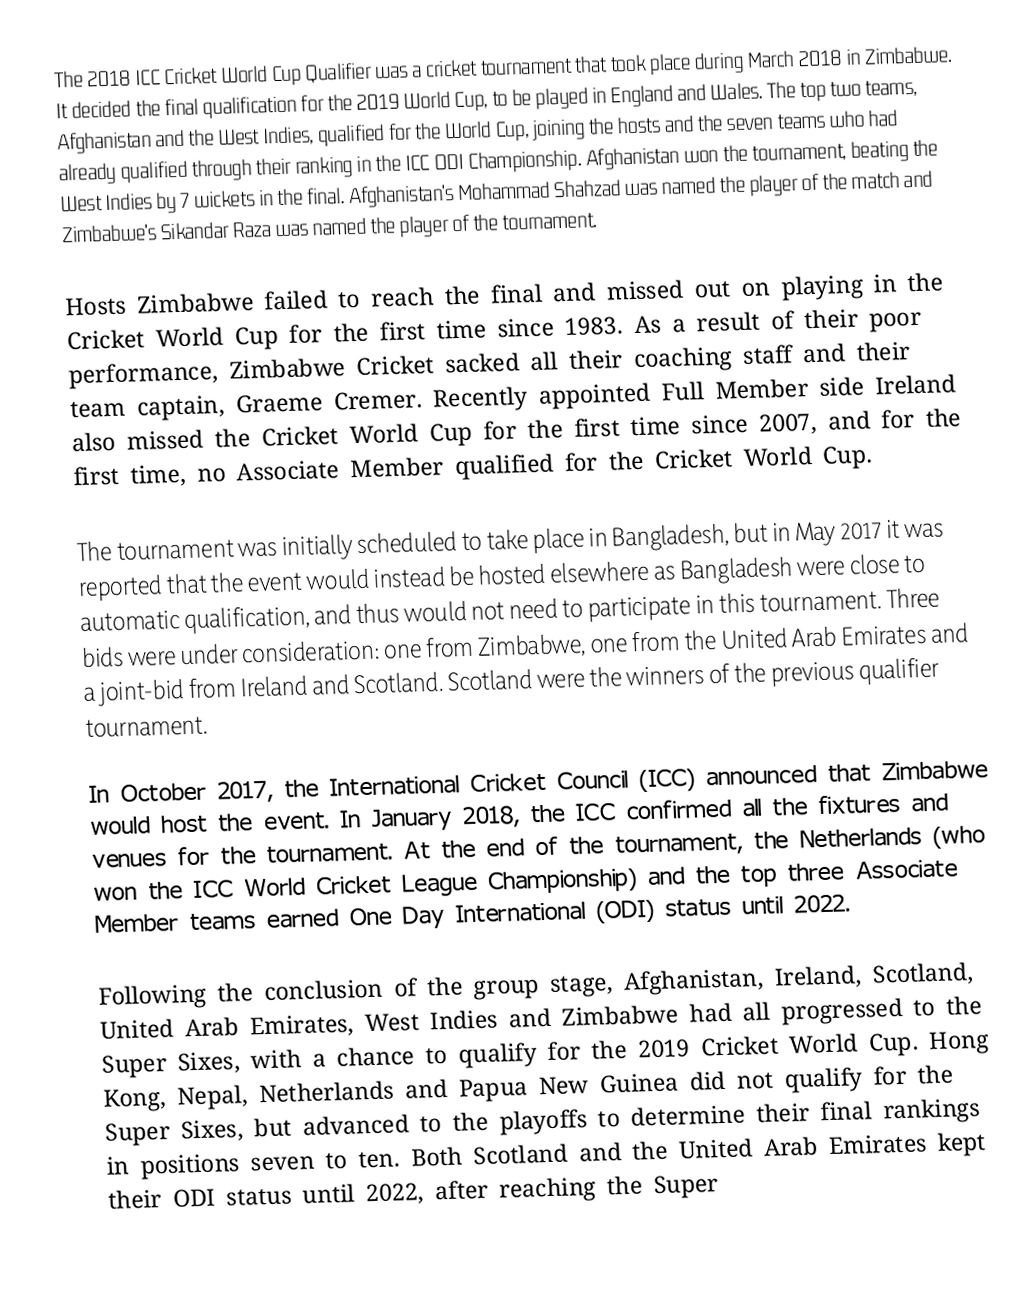
The 2018 ICC Cricket World Cup Qualifier was a cricket tournament that took place during March 2018 in Zimbabwe. It decided the final qualification for the 2019 World Cup, to be played in England and Wales. The top two teams, Afghanistan and the West Indies, qualified for the World Cup, joining the hosts and the seven teams who had already qualified through their ranking in the ICC ODI Championship. Afghanistan won the tournament, beating the West Indies by 7 wickets in the final. Afghanistan's Mohammad Shahzad was named the player of the match and Zimbabwe's Sikandar Raza was named the player of the tournament.

Hosts Zimbabwe failed to reach the final and missed out on playing in the Cricket World Cup for the first time since 1983. As a result of their poor performance, Zimbabwe Cricket sacked all their coaching staff and their team captain, Graeme Cremer. Recently appointed Full Member side Ireland also missed the Cricket World Cup for the first time since 2007, and for the first time, no Associate Member qualified for the Cricket World Cup.

The tournament was initially scheduled to take place in Bangladesh, but in May 2017 it was reported that the event would instead be hosted elsewhere as Bangladesh were close to automatic qualification, and thus would not need to participate in this tournament. Three bids were under consideration: one from Zimbabwe, one from the United Arab Emirates and a joint-bid from Ireland and Scotland. Scotland were the winners of the previous qualifier tournament.

In October 2017, the International Cricket Council (ICC) announced that Zimbabwe would host the event. In January 2018, the ICC confirmed all the fixtures and venues for the tournament. At the end of the tournament, the Netherlands (who won the ICC World Cricket League Championship) and the top three Associate Member teams earned One Day International (ODI) status until 2022.

Following the conclusion of the group stage, Afghanistan, Ireland, Scotland, United Arab Emirates, West Indies and Zimbabwe had all progressed to the Super Sixes, with a chance to qualify for the 2019 Cricket World Cup. Hong Kong, Nepal, Netherlands and Papua New Guinea did not qualify for the Super Sixes, but advanced to the playoffs to determine their final rankings in positions seven to ten. Both Scotland and the United Arab Emirates kept their ODI status until 2022, after reaching the Super